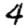
Digit: 4